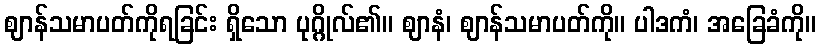
ဈာန်သမာပတ်ကိုရခြင်း ရှိသော ပုဂ္ဂိုလ်၏။ ဈာနံ၊ ဈာန်သမာပတ်ကို။ ပါဒကံ၊ အခြေခံကို။